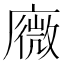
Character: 𢋋